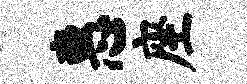
惠座